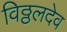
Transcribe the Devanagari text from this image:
विठ्ठलदेव